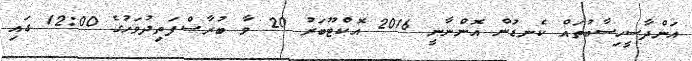
އަންދާސީހިސާބުތައް ކެނޑުން އޮންނާނީ 2016 އޮކްޓޫބަރު 20 ވާ ބުރާސްފަތިދުވަހުގެ 12:00 ގައި